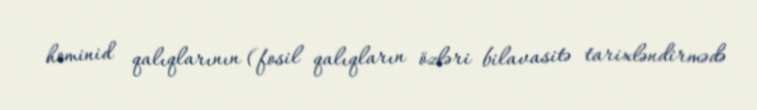
hominid qalıqlarının (fosil qalıqların özləri bilavasitə tarixləndirmədə